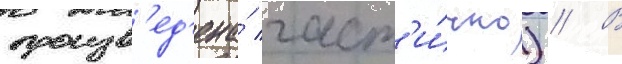
произв'ед'ена́ част'и́чно) // В